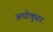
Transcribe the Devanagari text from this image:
अधोकुहर